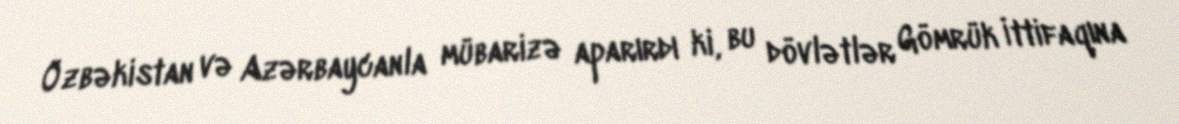
Özbəkistan və Azərbaycanla mübarizə aparırdı ki, bu dövlətlər Gömrük İttifaqına